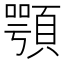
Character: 顎